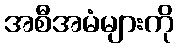
အစီအမံများကို